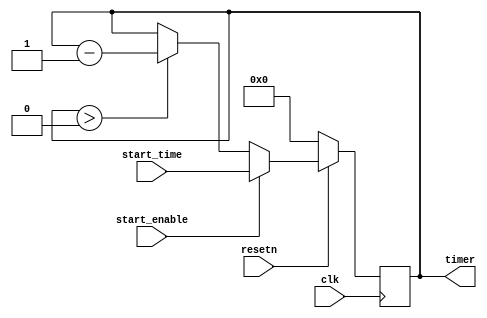
module mytimer_8 (
    input               clk,
    input               resetn,
    input               start_enable,
    input  [WIDTH-1:0]  start_time,
    output [WIDTH-1:0]  timer
);
  parameter WIDTH = 8;

  reg [WIDTH-1:0] counter;
  assign timer = counter;

  always @(posedge clk) begin
  if (!resetn) begin
    counter <= 0;
  end
  else if( start_enable ) begin
    counter <= start_time;
  end
  else if( counter > 0 )
    counter <= counter - 1'b1;
end

endmodule